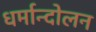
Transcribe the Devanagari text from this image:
धर्मान्दोलन